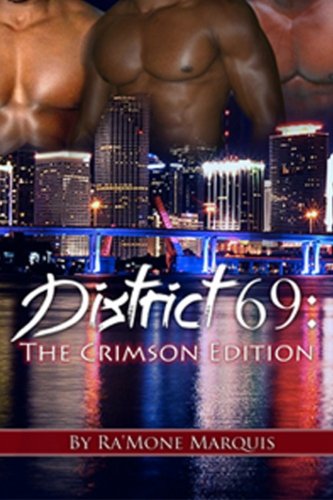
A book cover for District 69: The Crimson Edition; Ra'Mone Marquis; Romance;